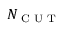
N _ { \textrm { C U T } }